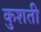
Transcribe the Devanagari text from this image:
कुशती